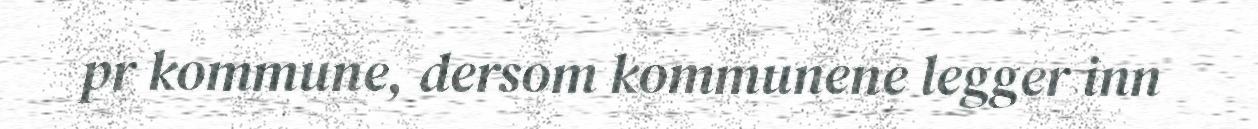
pr kommune, dersom kommunene legger inn